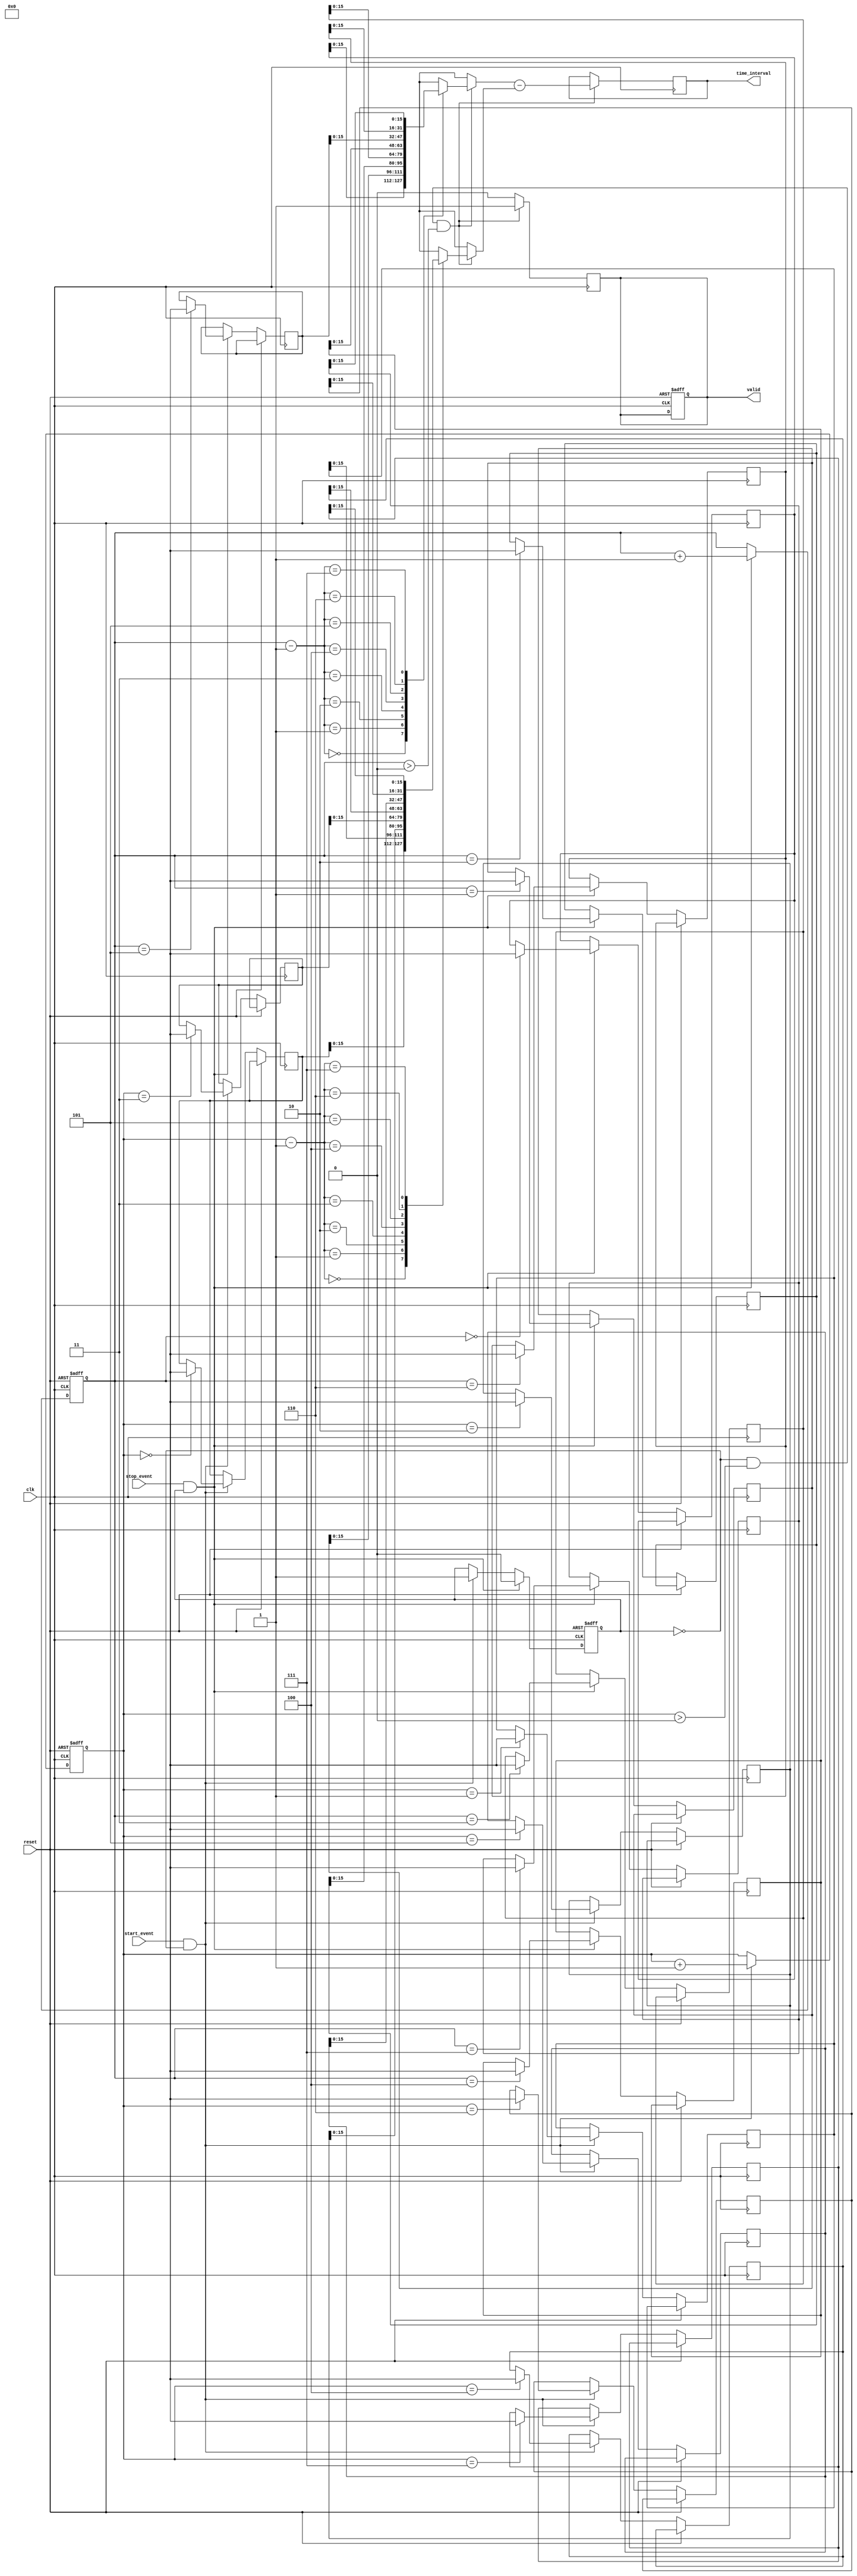
module TDC (
    input wire clk,                // System clock
    input wire reset,              // Asynchronous reset
    input wire start_event,        // Start event signal
    input wire stop_event,         // Stop event signal
    output reg [15:0] time_interval, // Digital output for time interval
    output reg valid               // Indicates valid output
);
    
    // Memory to store timestamps (for simplicity, using 8 entries)
    reg [31:0] start_timestamps[7:0];
    reg [31:0] stop_timestamps[7:0];
    
    reg [2:0] start_ptr;           // Pointer for start timestamps
    reg [2:0] stop_ptr;            // Pointer for stop timestamps
    reg capturing;                 // Indicates if capturing is in progress

    // Event detection and timestamp storage
    always @(posedge clk or posedge reset) begin
        if (reset) begin
            start_ptr <= 0;
            stop_ptr <= 0;
            valid <= 0;
            capturing <= 0;
        end else begin
            if (start_event && !capturing) begin
                // Capture start timestamp
                start_timestamps[start_ptr] <= $time;  // Capture start time
                start_ptr <= start_ptr + 1;
                capturing <= 1; // Start capturing
            end
            if (stop_event && capturing) begin
                // Capture stop timestamp
                stop_timestamps[stop_ptr] <= $time;  // Capture stop time
                stop_ptr <= stop_ptr + 1;
                capturing <= 0; // Stop capturing
            end
        end
    end
    
    // Interval calculation
    always @(posedge clk) begin
        if (!capturing && start_ptr > 0 && stop_ptr > 0) begin
            // Calculate time intervals for the latest start and stop events
            time_interval <= stop_timestamps[stop_ptr-1] - start_timestamps[start_ptr-1];
            valid <= 1; // Mark output as valid
        end else begin
            valid <= 0; // Mark output as invalid
        end
    end

    // Implement resolution improvement techniques (placeholder)
    // Note: Real interpolation or averaging would require more logic.
    // For this example, we assume time_interval is already refined.
    
endmodule